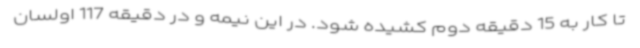
تا کار به 15 دقیقه دوم کشیده شود. در این نیمه و در دقیقه 117 اولسان